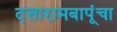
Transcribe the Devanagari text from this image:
दत्तारामबापूंचा